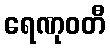
ရေဏုဝတီ